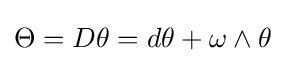
\Theta =D\theta =d\theta +\omega \wedge \theta